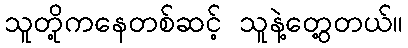
သူတို့ကနေတစ်ဆင့် သူနဲ့တွေ့တယ်။